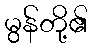
မွန်တို့၏